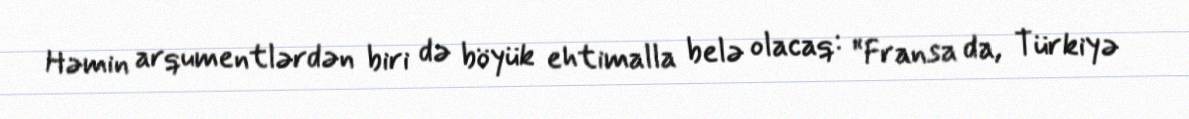
Həmin arqumentlərdən biri də böyük ehtimalla belə olacaq: “Fransa da, Türkiyə